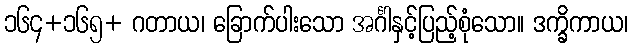
၁၆၄+၁၆၅+ ဂတာယ၊ ခြောက်ပါးသော အင်္ဂါနှင့်ပြည့်စုံသော။ ဒက္ခိကာယ၊